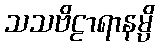
သသဗိဠာရာနမ္ပိ